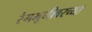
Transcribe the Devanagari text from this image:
रंगभूमीवरच्या